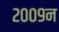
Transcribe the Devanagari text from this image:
२००९न